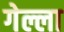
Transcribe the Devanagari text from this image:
गेल्ला